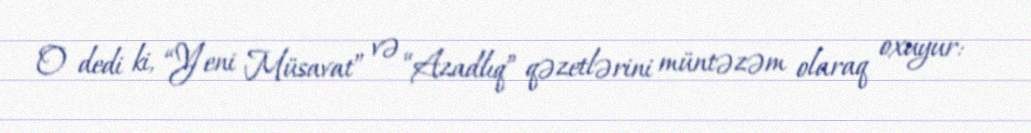
O dedi ki, “Yeni Müsavat” və “Azadlıq” qəzetlərini müntəzəm olaraq oxuyur: